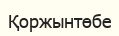
Қоржынтөбе